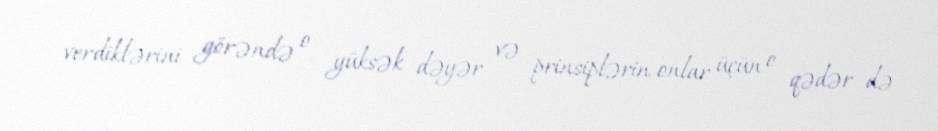
verdiklərini görəndə o yüksək dəyər və prinsiplərin onlar üçün o qədər də